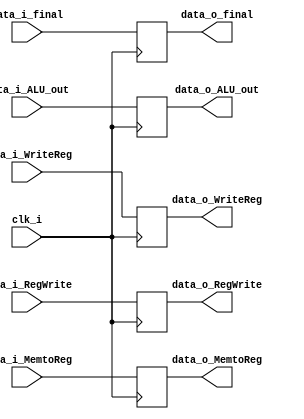
//Subject:     CO project 4 - Pipe Register
//--------------------------------------------------------------------------------
//Version:     1
//--------------------------------------------------------------------------------
//Writer:      
//----------------------------------------------
//Date:        
//----------------------------------------------
//Description: 
//--------------------------------------------------------------------------------
module Pipe_Reg_MEM(
               clk_i,
					data_i_RegWrite,
		         data_i_MemtoReg,
					data_i_final,
					data_i_ALU_out,
					data_i_WriteReg,
					
					
					data_o_RegWrite,
					data_o_MemtoReg,
					data_o_final,
					data_o_ALU_out,
					data_o_WriteReg
					);
					
parameter size = 32;

input                    clk_i;		
input      data_i_RegWrite;  
input      data_i_MemtoReg;
input      [size-1: 0] data_i_final;
input      [size-1: 0] data_i_ALU_out;  
input      [5-1: 0] data_i_WriteReg;


output reg             data_o_RegWrite;  
output reg             data_o_MemtoReg;
output reg     [size-1: 0] data_o_final;
output reg     [size-1: 0] data_o_ALU_out;  
output reg     [5-1: 0]    data_o_WriteReg;
	  
always @(posedge clk_i) begin
   
	            data_o_RegWrite<= data_i_RegWrite;
					data_o_MemtoReg<=data_i_MemtoReg;
					data_o_final<=data_i_final;
					data_o_ALU_out<=data_i_ALU_out;
					data_o_WriteReg<=data_i_WriteReg;
	
	
end

endmodule